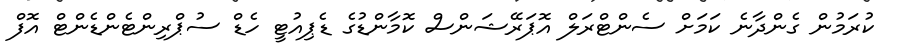
ކުރަމުން ގެންދާނެ ކަމަށް ސެންޓްރަލް އޮޕަރޭޝަންސް ކޮމާންޑުގެ ޑެޕިއުޓީ ހެޑް ސުޕްރިންޓެންޑެންޓް އޮފް